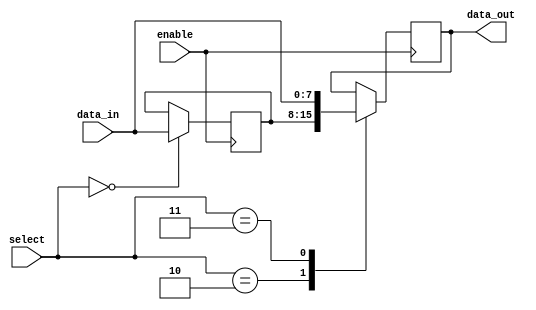
module IO_Bus_Switch (
    input wire [7:0] data_in,
    output wire [7:0] data_out,
    input wire [1:0] select,
    input wire enable
);

reg [7:0] buffer;

always @ (posedge enable) begin
    case(select)
        2'b00: buffer <= data_in;
        2'b01: buffer <= buffer;
        2'b10: data_out <= buffer;
        2'b11: data_out <= data_in;
        default: buffer <= buffer;
    endcase
end

endmodule